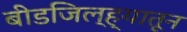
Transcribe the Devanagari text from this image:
बीडजिल्ह्यातून